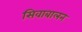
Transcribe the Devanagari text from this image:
सिवाबालन